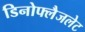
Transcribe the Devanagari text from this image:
डिनोफ्लैजलेट